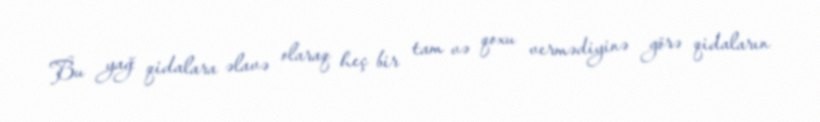
Bu yağ qidalara əlavə olaraq heç bir tam və qoxu vermədiyinə görə qidaların